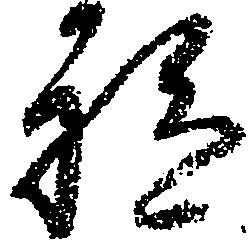
祗